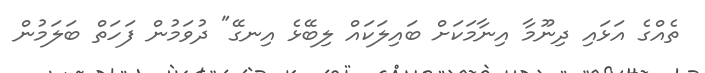
ތެއްގެ އަޅައި ދިނޫމާ އިނާމަކަށް ބައިލަކައް ލިބޭޅެ އިނގޭ" ދުވަމުން ފަހަތް ބަލަމުން